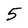
Character: 5